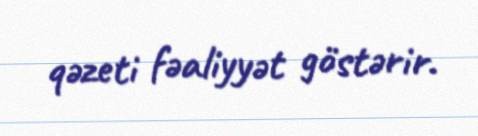
qəzeti fəaliyyət göstərir.